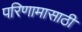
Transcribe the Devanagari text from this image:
परिणामासाठी